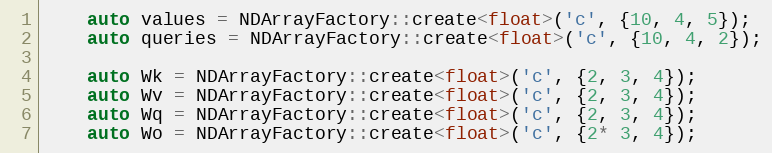
Language: C++
    auto values = NDArrayFactory::create<float>('c', {10, 4, 5});
    auto queries = NDArrayFactory::create<float>('c', {10, 4, 2});

    auto Wk = NDArrayFactory::create<float>('c', {2, 3, 4});
    auto Wv = NDArrayFactory::create<float>('c', {2, 3, 4});
    auto Wq = NDArrayFactory::create<float>('c', {2, 3, 4});
    auto Wo = NDArrayFactory::create<float>('c', {2* 3, 4});